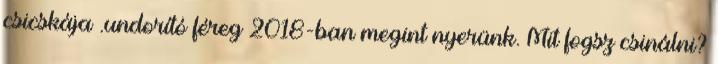
csicskája .undorító féreg 2018-ban megint nyerünk. Mit fogsz csinálni?